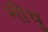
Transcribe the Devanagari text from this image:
नीचु